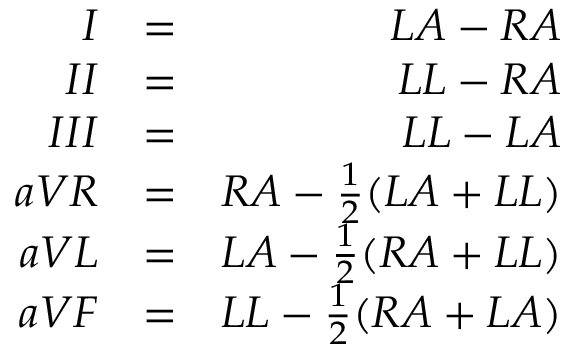
\begin{array} { r l r } { I } & { = } & { L A - R A } \\ { I I } & { = } & { L L - R A } \\ { I I I } & { = } & { L L - L A } \\ { a V R } & { = } & { R A - \frac { 1 } { 2 } ( L A + L L ) } \\ { a V L } & { = } & { L A - \frac { 1 } { 2 } ( R A + L L ) } \\ { a V F } & { = } & { L L - \frac { 1 } { 2 } ( R A + L A ) } \end{array}